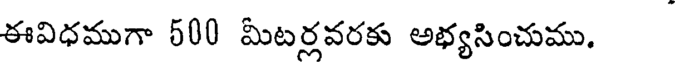
ఈవిధముగా 500 మీటర్లవరకు అభ్యసించుము.